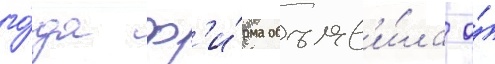
го́да ф'и́рма объяв'и́ла о́